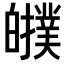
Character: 𤾷